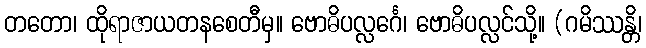
တတော၊ ထိုရာဇာယတနစေတီမှ။ ဗောဓိပလ္လင်္ဂေ၊ ဗောဓိပလ္လင်သို့။ (ဂမိဿန္တိ၊